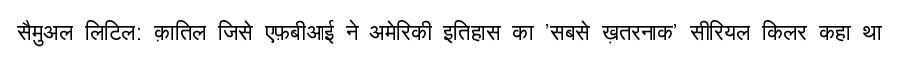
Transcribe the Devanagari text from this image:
सैमुअल लिटिल: क़ातिल जिसे एफ़बीआई ने अमेरिकी इतिहास का 'सबसे ख़तरनाक' सीरियल किलर कहा था